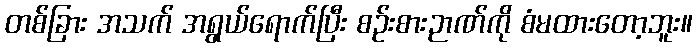
တစ်ခြား အသက် အရွယ်ရောက်ပြီး စဉ်းစားဉာဏ်ကို စံမထားတော့ဘူး။